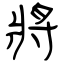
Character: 將